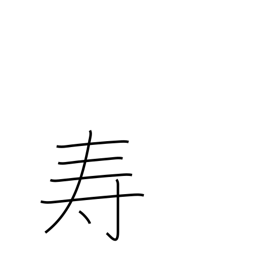
Meaning: longevity